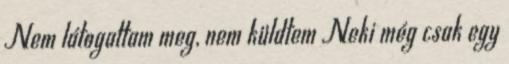
Nem látogattam meg, nem küldtem Neki még csak egy